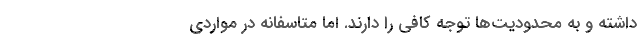
داشته و به محدودیت‌ها توجه کافی را دارند. اما متاسفانه در مواردی